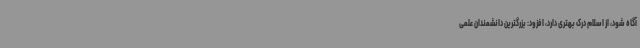
آگاه شود، از اسلام درک بهتری دارد، افزود: بزرگترین دانشمندان علمی